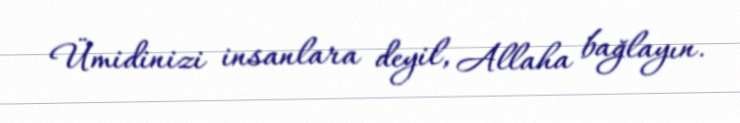
Ümidinizi insanlara deyil, Allaha bağlayın.